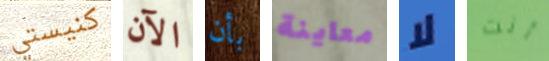
كنيستي الآن بأن معاينة لا أنت